Indian journal of veterinary science and animal husbandry - Volumes 18-21, 1948-1951
Year: 1948
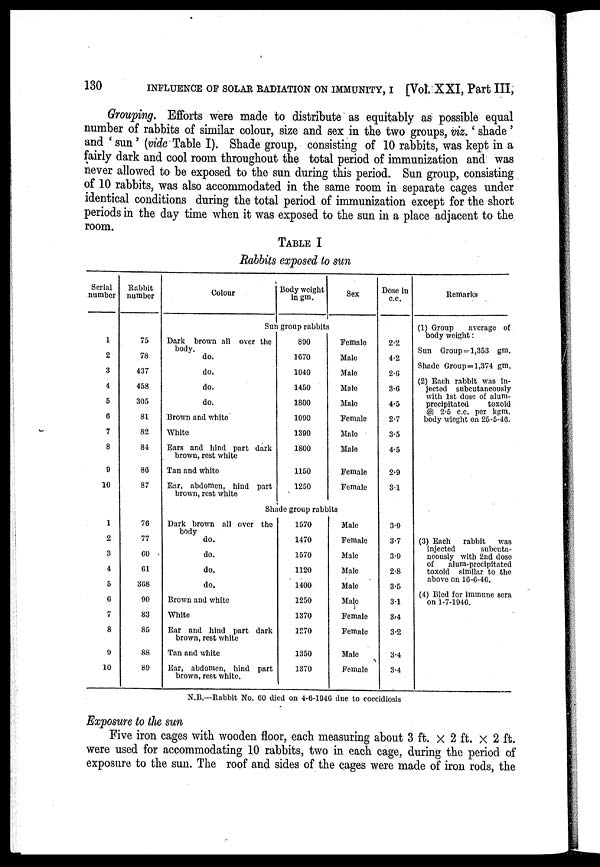
130
INFLUENCE OF SOLAR RADIATION ON IMMUNITY, I [Vol. XXI, Part III,
Grouping. Efforts were made to distribute as equitably as possible equal
number of rabbits of similar colour, size and sex in the two groups, viz.' shade'
and ' sun' (vide Table I). Shade group, consisting of 10 rabbits, was kept in a
fairly dark and cool room throughout the total period of immunization and was
never allowed to be exposed to the sun during this period. Sun group, consisting
of 10 rabbits, was also accommodated in the same room in separate cages under
identical conditions during the total period of immunization except for the short
periods in the day time when it was exposed to the sun in a place adjacent to the
room.
TABLE I
Rabbits exposed to sun
Serial
number
1
2
3
4
5
6
7
8
9
10
1
2
3
4
5
6
7
8
9
10
Rabbit
number
75
78
437
458
305
81
82
84
86
87
76
77
60
61
368
90
83
85
88
89
Colour
Body weight
in gm.
Sun group rabbits
Dark brown all over the
body.
do.
do.
do.
do.
Brown and white
White
Ears and hind part dark
brown, rest white
Tan and white
Ear, abdomen, hind part
brown, rest white
890
1670
1040
1450
1800
1090
1390
1800
1150
1250
Sex
Female
Male
Male
Male
Male
Female
Male
Male
Female
Female
Shade group rabbits
Dark brown all over the
body
do.
do.
do.
do.
Brown and white
White
Ear and hind part dark
brown, rest white
Tan and white
Ear, abdomen, hind part
brown, rest white.
1570
1470
1570
1120
1400
1250
1370
1270
1350
1370
Male
Female
Male
Male
Male
Male
Female
Female
Male
Female
Dose in
c.c.
2.2
4.2
2.6
3.6
4.5
2.7
3.5
4.5
2.9
31
3.9
3.7
3.9
2.8
3.5
3.1
3.4
3.2
3.4
3.4
Remarks
(1) Group
average of
body weight:
Sun Group = 1,353 gm.
Shade Group=l,374 gm.
(2) Each rabbit was in-
jected subcutancously
with 1st dose of alum-
precipitated
toxoid
@ 2.5 c.c. per kgm.
body wieght on 25-5-46.
(3) Each
rabbit
was
injected
subcuta-
ncously with 2nd dose
of
alum-precipitated
toxoid similar to the
above on 16-6-46.
(4) Bled for immune sera
on 1-7-1946.
N.B.—Rabbit No. CO died on 4-6-1946 due to coccidiosis
Exposure to the sun
Five iron cages with wooden floor, each measuring about 3 ft. × 2 ft. × 2 ft.
were used for accommodating 10 rabbits, two in each cage, during the period of
exposure to the sun. The roof and sides of the cages were made of iron rods, the